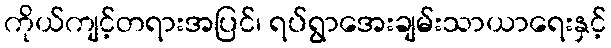
ကိုယ်ကျင့်တရားအပြင်၊ ရပ်ရွာအေးချမ်းသာယာရေးနှင့်